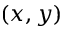
( x , y )